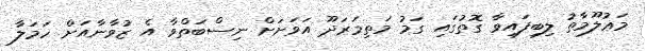
މަޢުލޫމާތު ލިބިފައިވާ ގޮތުގައި ގަމު މަތިމަރަދޫ އަވަށަށް ނިސްބަތްވާ އެ ޒުވާނާއަށް ހަމަލާ